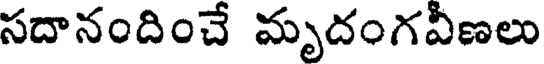
సదానందించే మృదంగవీణలు